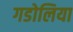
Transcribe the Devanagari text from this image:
गडोलिया